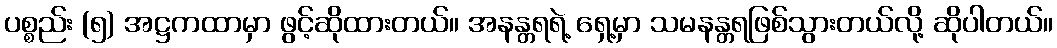
ပစ္စည်း (၅) အဋ္ဌကထာမှာ ဖွင့်ဆိုထားတယ်။ အနန္တရရဲ့ ရှေ့မှာ သမနန္တရဖြစ်သွားတယ်လို့ ဆိုပါတယ်။